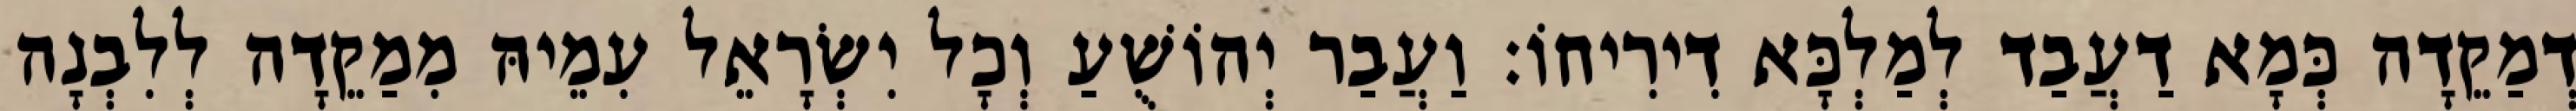
דְמַקֵדָה כְּמָא דַעֲבַד לְמַלְכָּא דִירִיחוֹ׃ וַעֲבַר יְהוֹשֻׁעַ וְכָל יִשְׂרָאֵל עִמֵיהּ מִמַקֵדָה לְלִבְנָה